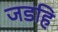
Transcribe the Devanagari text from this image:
जडहि